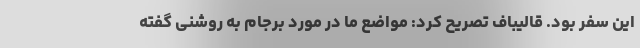
این سفر بود. قالیباف تصریح کرد: مواضع ما در مورد برجام به روشنی گفته